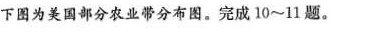
下图为美国部分农业带分布图。完成10~11题。